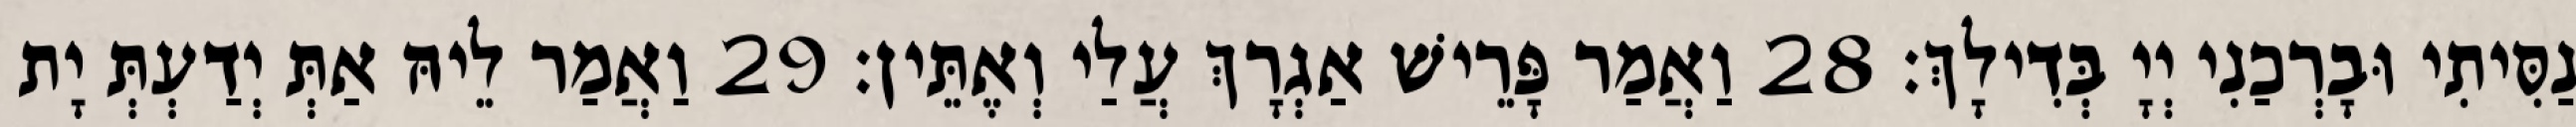
נַסִּיתִי וּבָרְכַנִי יְיָ בְּדִילָךְ׃ 28 וַאֲמַר פָּרֵישׁ אַגְרָךְ עֲלַי וְאֶתֵּין׃ 29 וַאֲמַר לֵיהּ אַתְּ יְדַעְתְּ יָת